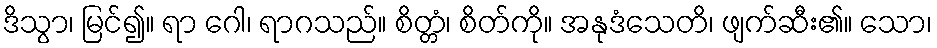
ဒိသွာ၊ မြင်၍။ ရာ ဂေါ၊ ရာဂသည်။ စိတ္တံ၊ စိတ်ကို။ အနုဒံသေတိ၊ ဖျက်ဆီး၏။ သော၊